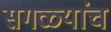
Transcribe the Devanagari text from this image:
सगळ्यांच